Leaving Certificate, 1897
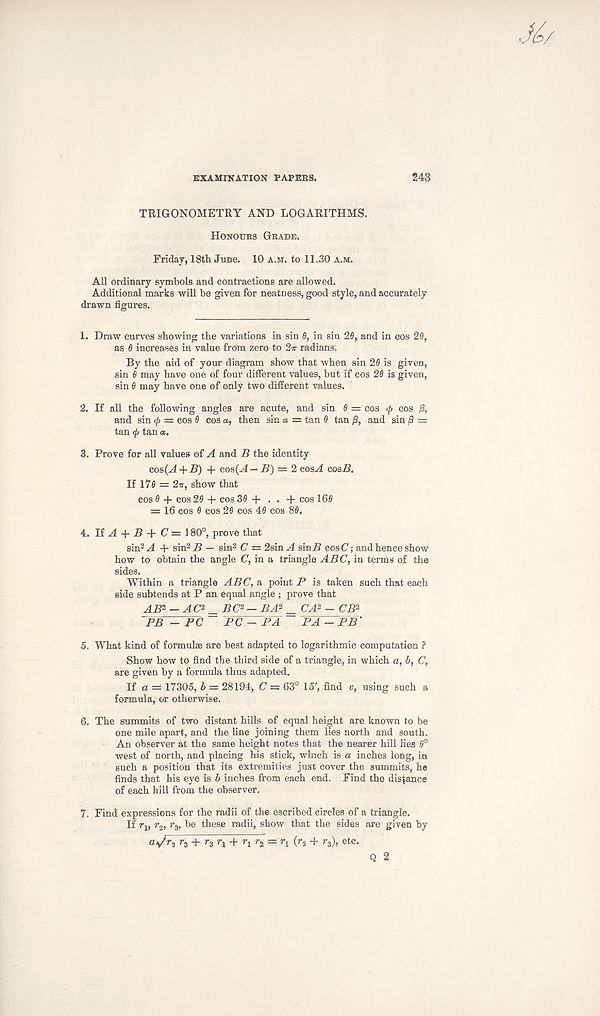
EXAMINATION PAPERS.
243
TRIGONOMETRY AND LOGARITHMS.
Honours Grade.
Friday, 18th June. 10 a.m. to 11.30 a.m.
All ordinary symbols and contractions are allowed.
Additional marks will be given for neatness, good style, and accurately
drawn figures.
1. Draw curves showing the variations in sin 6, in sin 20, and in cos 20,
as 0 increases in value from zero to 2w radians.
By the aid of your diagram show that when sin 20 is given,
sin 0 may have one of four different values, but if cos 20 is given,
sin 0 may have one of only two different values.
2. If all the following angles are acute, and sin 0 = cos cp cos 0,
and sin <j > = cos 0 cos a, then sin a = tan 0 tan /9, and sin j S =
tan <p tan a.
3. Prove for all values of A and B the identity
cos(^ + R) + cos(A-B) = 2 cosA cosB.
If 170 = 2ir, show that
cos 0 + cos 20 + cos 30 + . . + cos 160
= 16 cos 0 cos 20 cos 40 cos 80.
4. It A + B + C=l 80°, prove that
sin 2 A + sin 2 B — sin 2 C = 2sin A sinZ? cos (7; and hence show
how to obtain the angle C, in a triangle ABC, in terms of the
sides.
Within a triangle ABC, a point P is taken such that each
side subtends at P an equal angle ; prove that
AB* - AC 2 _ BC 2 - BA 2 _ CA 2 - CB 2
PB - PC PC - PA PA - PB'
5. What kind of formulae are best adapted to logarithmic computation ?
Show how to find the third side of a triangle, in which a, b, C,
are given by a formula thus adapted.
If a = 17305, b = 28194, C = 63° 15' , find c, using such a
formula, or otherwise.
6. The summits of two distant hills of equal height are known to be
one mile apart, and the line joining them lies north and south.
An observer at the same height notes that the nearer hill lies 0°
west of north, and placing his stick, which is a inches long, in
such a position that its extremities just cover the summits, he
finds that his eye is b inches from each end. Find the distance
of each hill from the observer.
7. Find expressions for the radii of the escribed circles of a triangle.
If r v r 2 , r 3 , be these radii, show that the sides are given by
<V r a H + r 3 r x + r x r 2 = r x (r 2 + r 3 ), etc. Q 2